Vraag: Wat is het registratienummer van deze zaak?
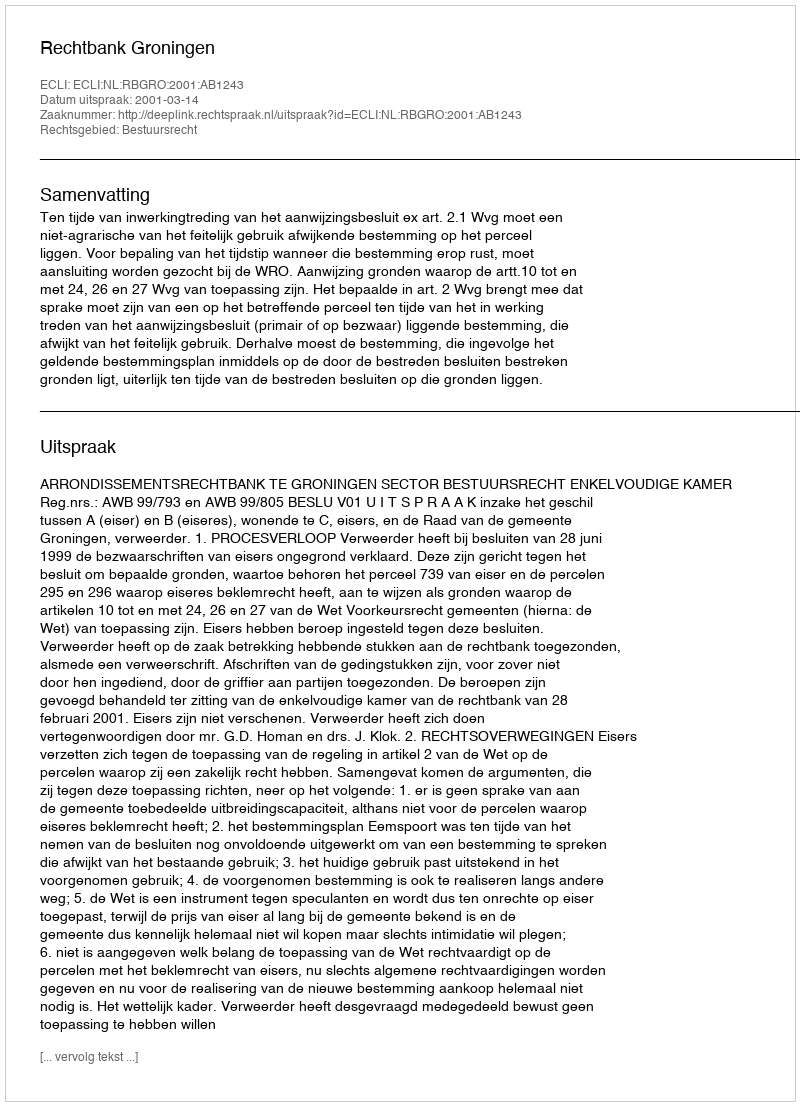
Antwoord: http://deeplink.rechtspraak.nl/uitspraak?id=ECLI:NL:RBGRO:2001:AB1243